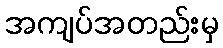
အကျပ်အတည်းမှ